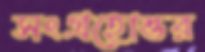
সংগ্রহোত্তর